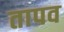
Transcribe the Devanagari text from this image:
तापव